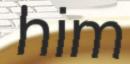
him